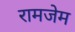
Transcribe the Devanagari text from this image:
रामजेम